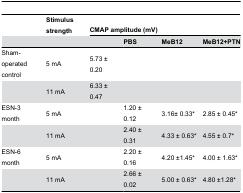
|  | Stimulus strength | <COLSPAN=4> CMAP amplitude (mV) |
 |  |  |  | PBS | MeB12 | MeB12+PTN |
 | --- | --- | --- | --- | --- | --- |
 | Sham-operated control | 5 mA | 5.73 ± 0.20 |  |  |  |
 |  | 11 mA | 6.33 ± 0.47 |  |  |  |
 | ESN-3 month | 5 mA |  | 1.20 ± 0.12 | 3.16± 0.33* | 2.85 ± 0.45* |
 |  | 11 mA |  | 2.40 ± 0.31 | 4.33 ± 0.63* | 4.55 ± 0.7* |
 | ESN-6 month | 5 mA |  | 2.20 ± 0.16 | 4.20 ±1.45* | 4.00 ± 1.63* |
 |  | 11 mA |  | 2.66 ± 0.02 | 5.00 ± 0.63* | 4.80 ±1.28* |